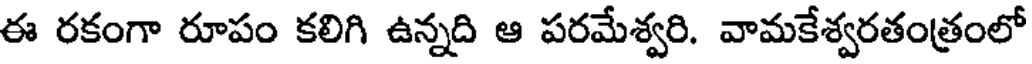
ఈ రకంగా రూపం కలిగి ఉన్నది ఆ పరమేశ్వరి. వామకేశ్వరతంత్రంలో